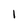
Character: l